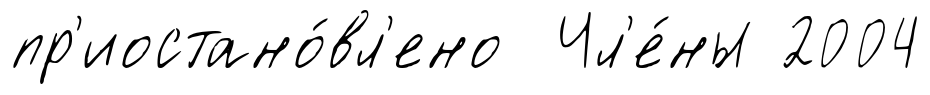
пр'иостано́вл'ено Чл'е́ны 2004